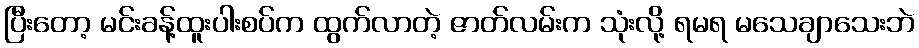
ပြီးတော့ မင်းခန့်ထူးပါးစပ်က ထွက်လာတဲ့ ဇာတ်လမ်းက သုံးလို့ ရမရ မသေချာသေးဘဲ